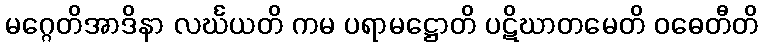
မဂ္ဂေတိအာဒိနာ လင်္ဃယတိ ကမ ပရာမဋ္ဌောတိ ပဋိဃာတမေတိ ဝဓေတီတိ